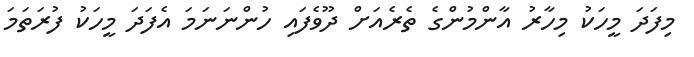
މިފަދަ މީހަކު މިހާރު އާންމުންގެ ތެރެއަށް ދޫވެފައި ހުންނަނަމަ އެފަދަ މީހަކު ފުރަތަމަ